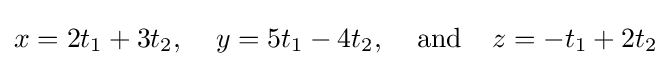
x=2t_{1}+3t_{2},\;\;\;\;y=5t_{1}-4t_{2},\;\;\;\;{\text{and}}\;\;\;\;z=-t_{1}+2t_{2}